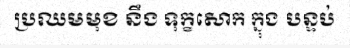
ប្រឈមមុខ នឹង ទុក្ខសោក ក្នុង បន្ទប់